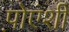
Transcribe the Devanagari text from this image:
प़ोएंशी